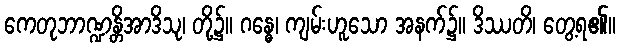
ကေတုဘာဏ္ဍန္တိအာဒိသု၊ တို့၌။ ဂန္ဓေ၊ ကျမ်းဟူသော အနက်၌။ ဒိဿတိ၊ တွေ့ရ၏။